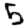
Digit: 5